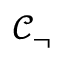
\mathcal { C } _ { \neg }